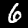
Label: 6